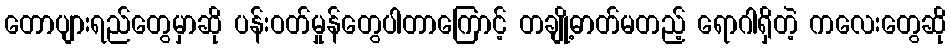
တောပျားရည်တွေမှာဆို ပန်းဝတ်မှုန်တွေပါတာကြောင့် တချို့ဓာတ်မတည့် ရောဂါရှိတဲ့ ကလေးတွေဆို